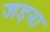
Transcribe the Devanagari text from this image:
जड़ना